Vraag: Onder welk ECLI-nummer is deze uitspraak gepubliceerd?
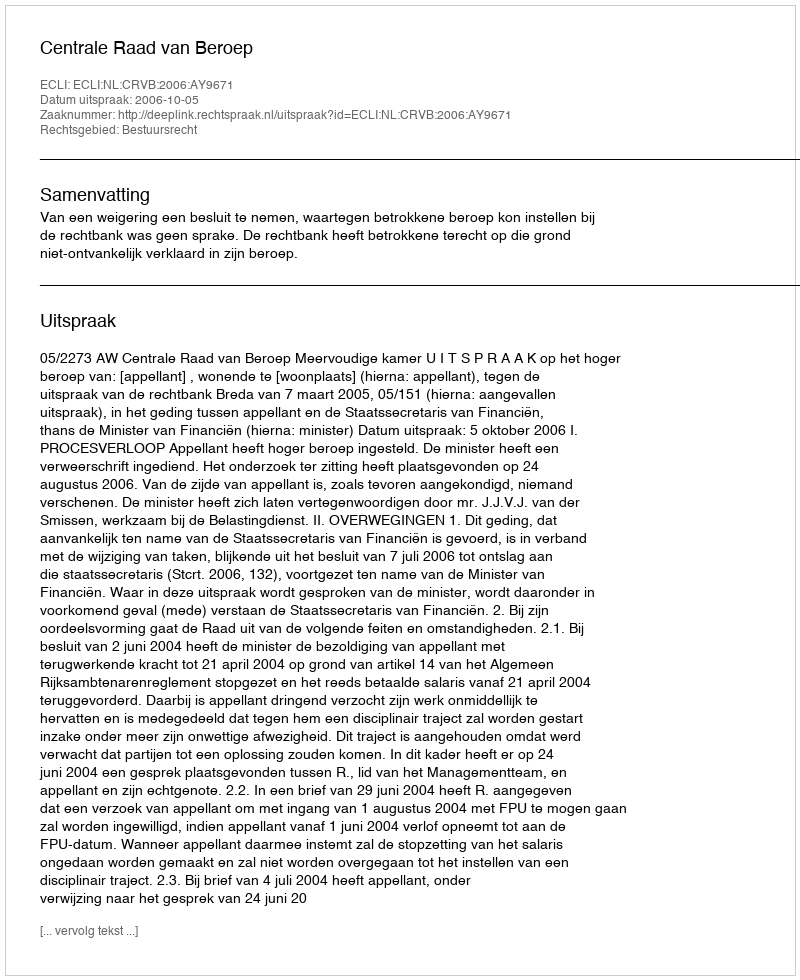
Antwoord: ECLI:NL:CRVB:2006:AY9671